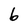
Character: b